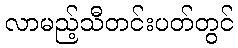
လာမည့်သီတင်းပတ်တွင်